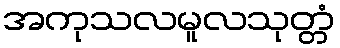
အကုသလမူလသုတ္တံ